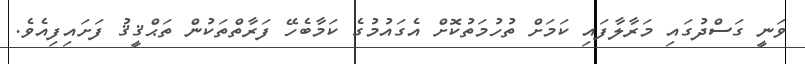
ވަނީ ގަސްދުގައި މަރާލާފައި ކަމަށް ތުހުމަތުކޮށް އެގައުމުގެ ކަމާބެހޭ ފަރާތްތަކުން ތަޙްޤީޤު ފަށައިފިއެވެ.